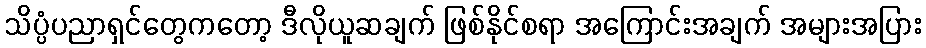
သိပ္ပံပညာရှင်တွေကတော့ ဒီလိုယူဆချက် ဖြစ်နိုင်စရာ အကြောင်းအချက် အများအပြား